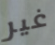
غير